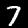
Label: 7